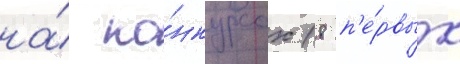
на́ ко́нкурсах (8 п'е́рвых